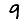
Digit: 9